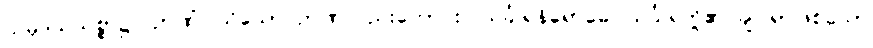
သမုဒယသစ္စာ၌။ ဉာဏံ၊ သိသော ဉာဏ်လည်းကောင်း။ သင်္ခါရနိရောဓေ၊ သင်္ခါရတို့၏ ချုပ်ရာဖြစ်သော